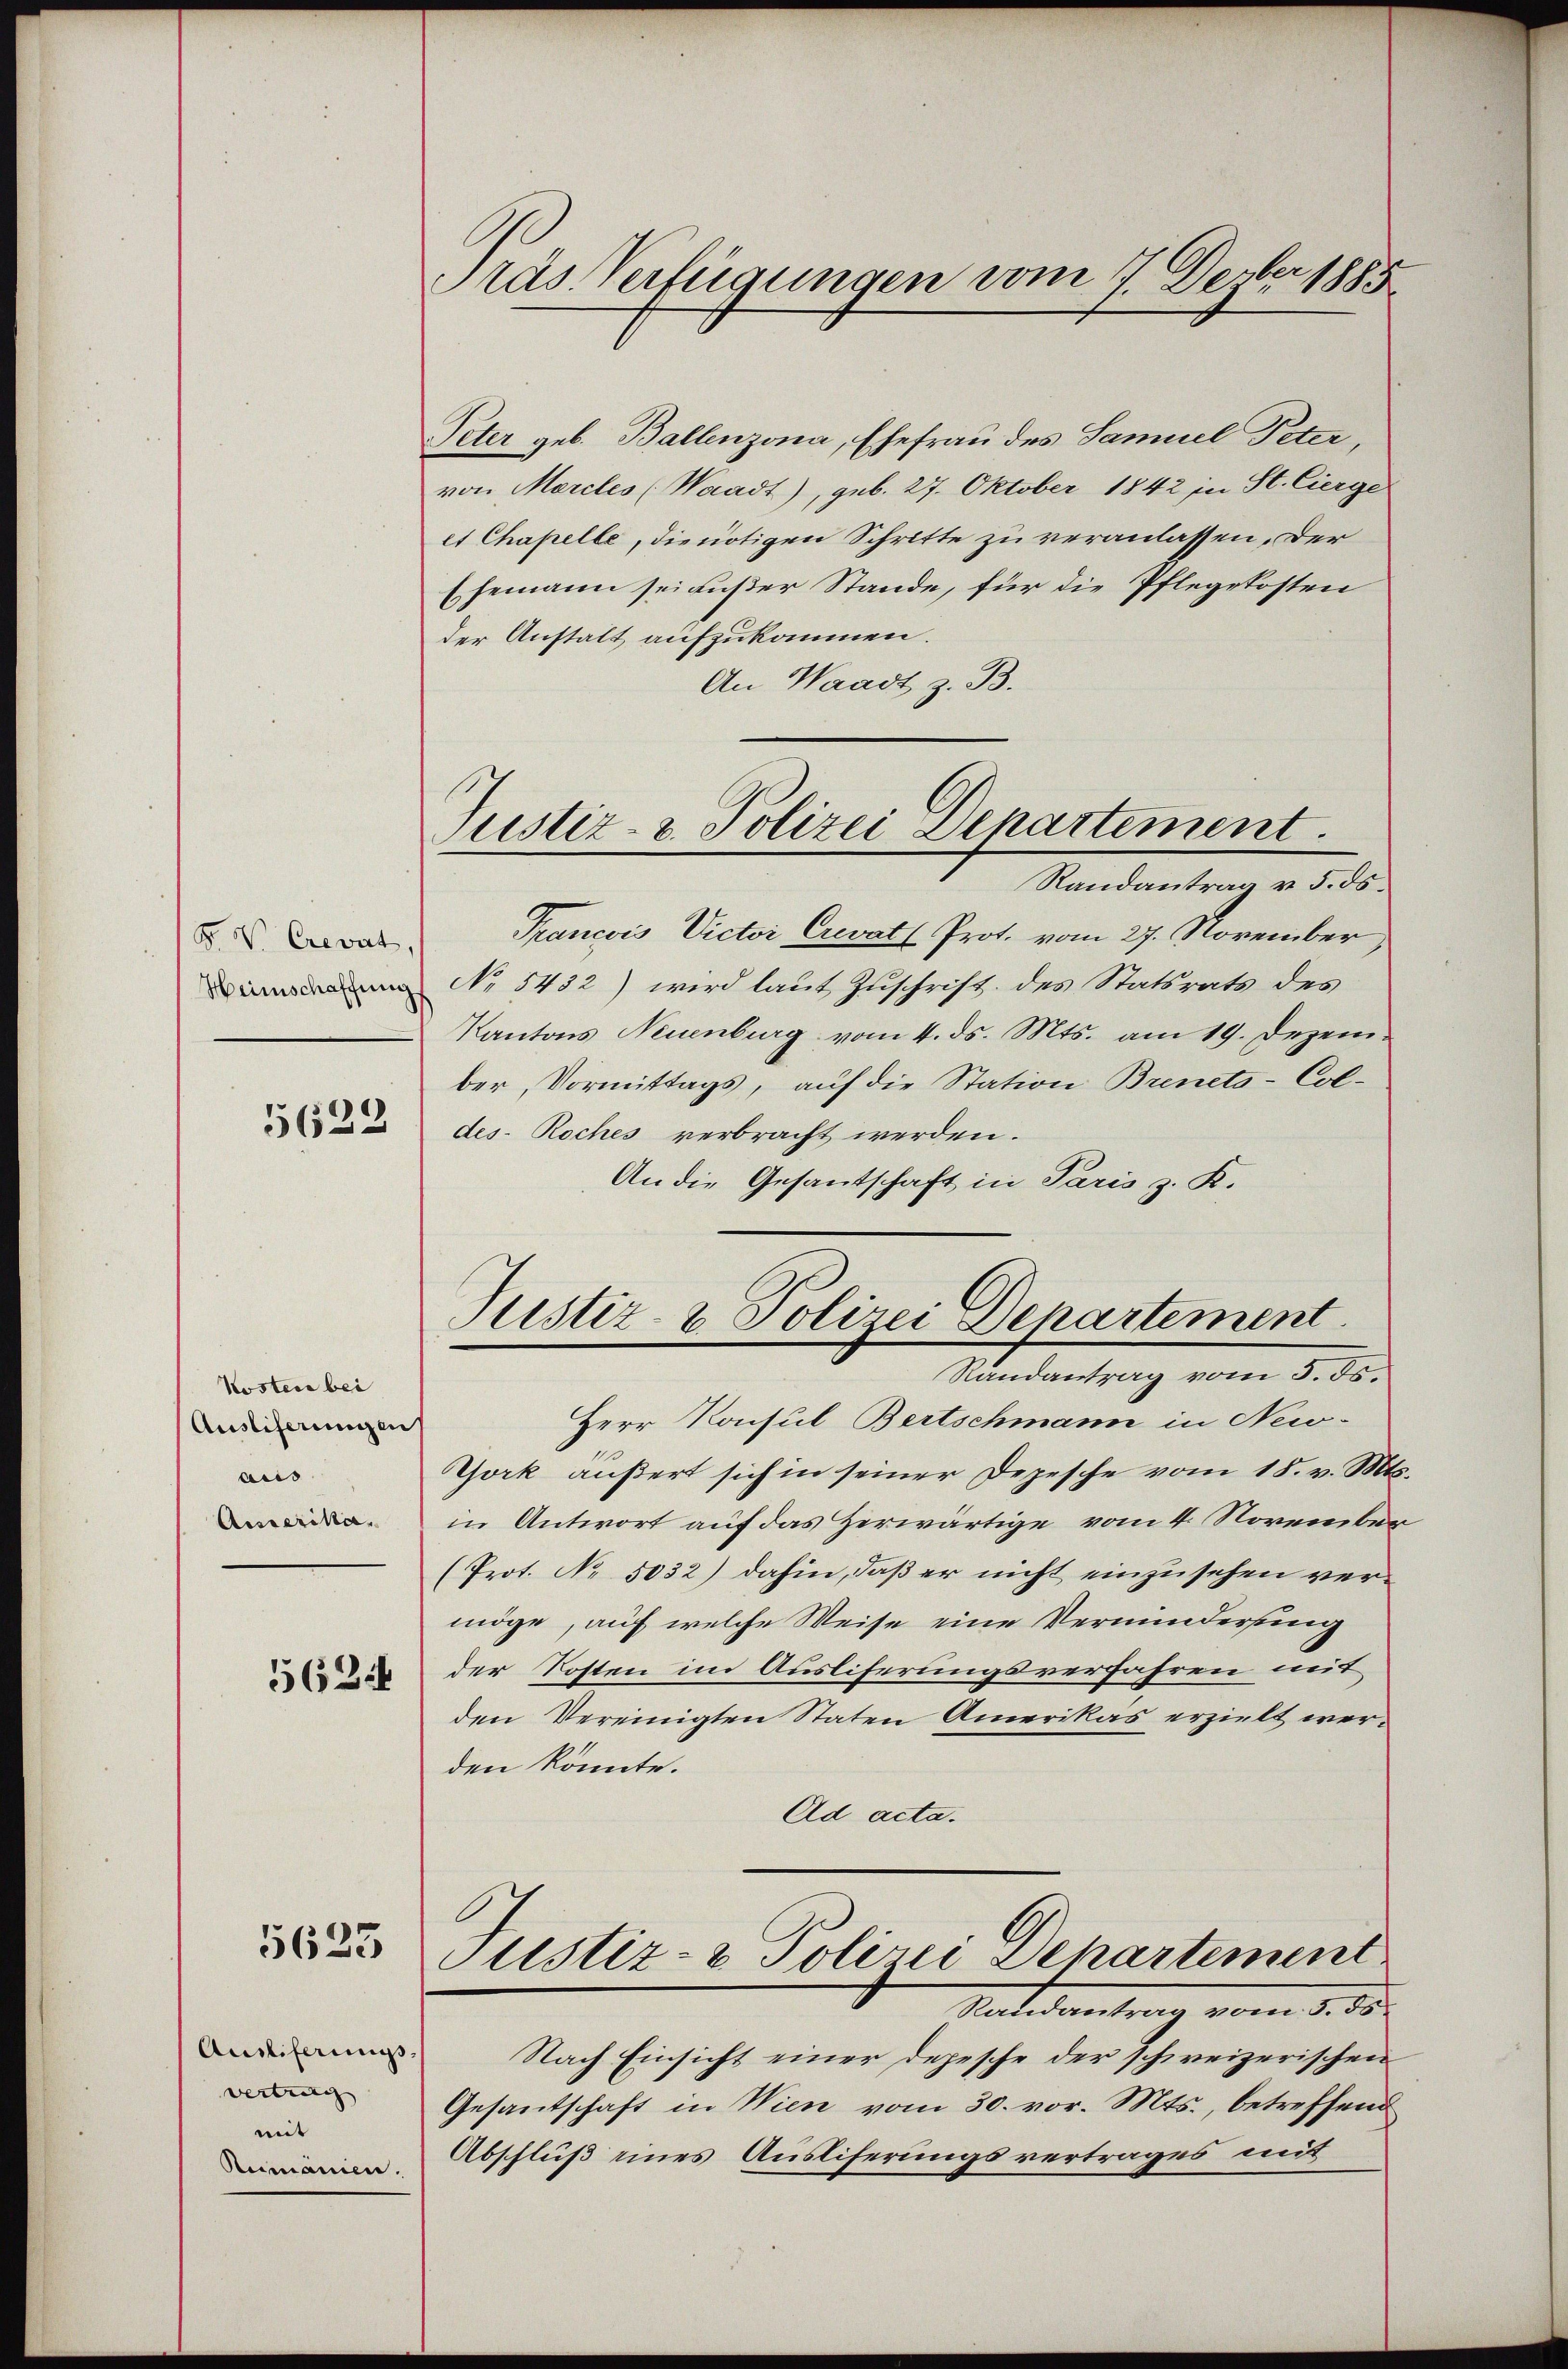
P. V. Crevat,
Heimschaffung

5622

Kosten bei
Ausliferungen
aus
Ausserika,

562

5625

Ausliferungs
vertrag
mit
Rumänien.

ras Verfügungen vom 17. Devber 1885

Justiz- & Polizei Departement

Peter geb. Ballenzona, Ehefrau des Samuel Peter,
von Mercles (Waadt), geb. 27. Oktober 1842 in St. Cierge
et Chapelle, die nötigen Schritte zu veranlassen, der
Ehemann sei außer Stande, für die Pflegekosten
der Anstalt aufzukommen.
An Waadt z. B.
Randantrag v. 5. ds.
Trancois Victor Crevats Prot. vom 27. November,
No 5432) wird laut Zuschrift des Statsrats des
Kantons Neuenburg vom 4. ds. Mts. am 19. Dezember, Vormittags, auf die Station Brinets-Col-
des- Roches verbracht werden.
An die Gesantschaft in Paris z. R.

Justiz- & Polizei Departement
Randantrag vom 5. ds.

Herr Konsul Bertschmann in New-
York äußert sich in seiner Depesche vom 18. v. Mts.
in Antwort auf das Zerwärtige vom 4. November
(Prot. No 5032) dahin, daß er nicht einzusehen vermöge, auf welche Weise eine Verminderung
der Kosten im Ausliferungsverfahren mit
den Vereinigten Staten Amerikas erzielt werden könnte.
Ad acta.
Justiz- & Polizei Departement
Randantrag vom 5. ds.
Nach Einsicht einer Depesche der schweizerischen
Gesantschaft in Wien vom 30. vor. Mts., betreffend
Abschluß eines Ausliferungsvertrages mit